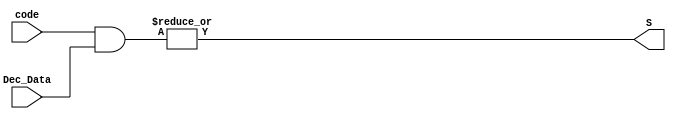
/* Mdulo de uma Gate (um "mux" com seletor sendo um cdigo de 10 bits), utilizado para selecionar os sinais
que deveram passar dos decodificados para o resto do circuito,
onde os sinais "code" vem dos OPDecoders, e Dec_Data vem do sinal concatenado dos decodificados */
module Gate (
  input wire [9:0] code, Dec_Data,
  output wire S
);

  // Como cada code possui 0 em 9 bits e 1 em apenas um (Ex: 10'b0010000000),
  // basta fazer um bitwise and com cada bit do code e do dec_data, e em seguida fazer um or com cada bit para obter o resultado.
  assign S = |(code & Dec_Data);

endmodule